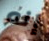
إنه